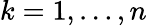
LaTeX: k=1,\dotsc,n